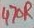
Text: 470R